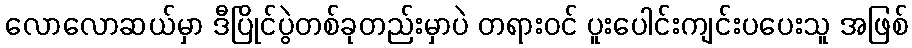
လောလောဆယ်မှာ ဒီပြိုင်ပွဲတစ်ခုတည်းမှာပဲ တရားဝင် ပူးပေါင်းကျင်းပပေးသူ အဖြစ်